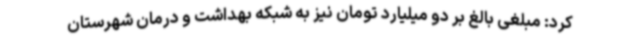
کرد: مبلغی بالغ بر دو میلیارد تومان نیز به شبکه بهداشت و درمان شهرستان